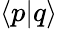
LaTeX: \langle p|q\rangle